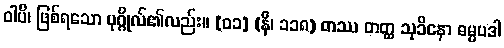
ဝါပိ၊ ဖြစ်ရသော ပုဂ္ဂိုလ်၏လည်း။ [၀၁] (နိ၊ ၁၁၈) တဿ တတ္ထ သုခိနော ဓမ္မပဒါ